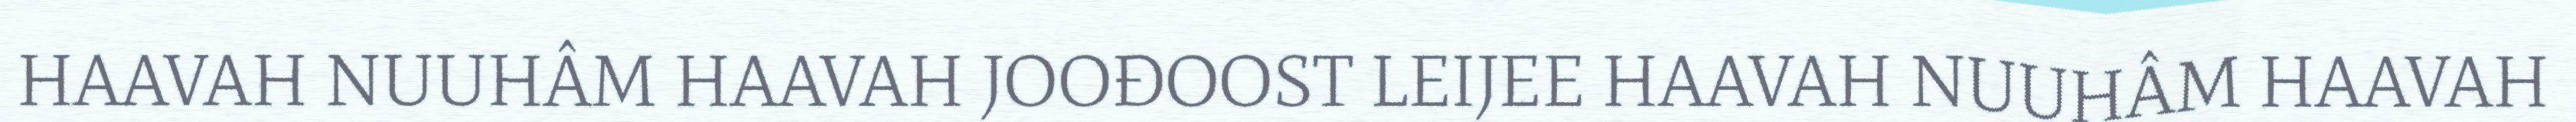
HAAVAH NUUHÂM HAAVAH JOOĐOOST LEIJEE HAAVAH NUUHÂM HAAVAH